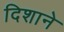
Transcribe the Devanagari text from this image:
दिशाने